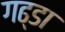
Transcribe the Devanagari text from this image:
गढ्‌डा